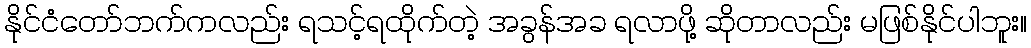
နိုင်ငံတော်ဘက်ကလည်း ရသင့်ရထိုက်တဲ့ အခွန်အခ ရလာဖို့ ဆိုတာလည်း မဖြစ်နိုင်ပါဘူး။